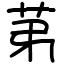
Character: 苐